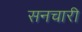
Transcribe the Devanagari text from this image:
सनचारी